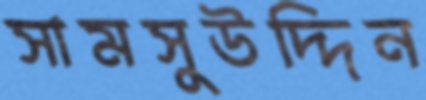
সামসুউদ্দিন